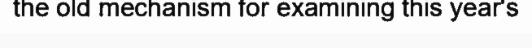
the old mechanism for examining this year's